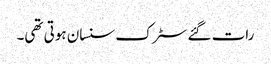
رات گئے سٹرک سنسان ہوتی تھی۔